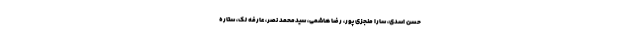
حسن اسدی، سارا منجزی پور، رضا هاشمی، سیدمحمد نصر، عارفه لک، ستاره